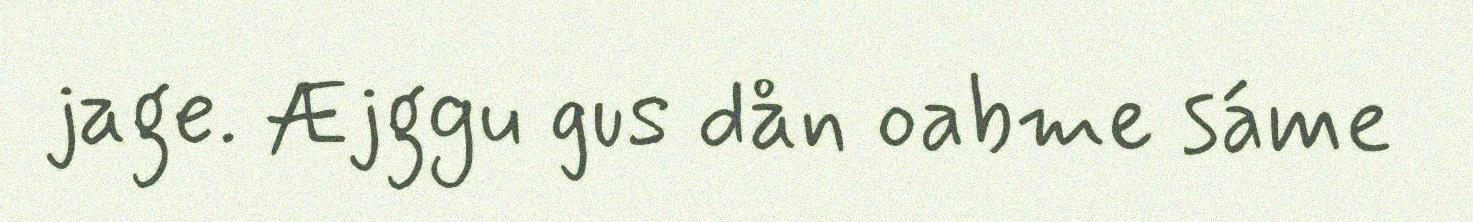
jage. Æjggu gus dån oabme sáme